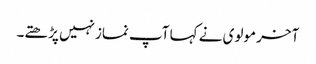
آخر مولوی نے کہا آپ نمازنہیں پڑھتے۔